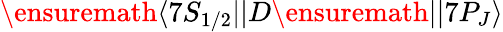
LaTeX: \ensuremath{\langle 7S_{1/2}||}D\ensuremath{||7P_{J}\rangle}